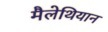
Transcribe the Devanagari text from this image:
मैलेथियान